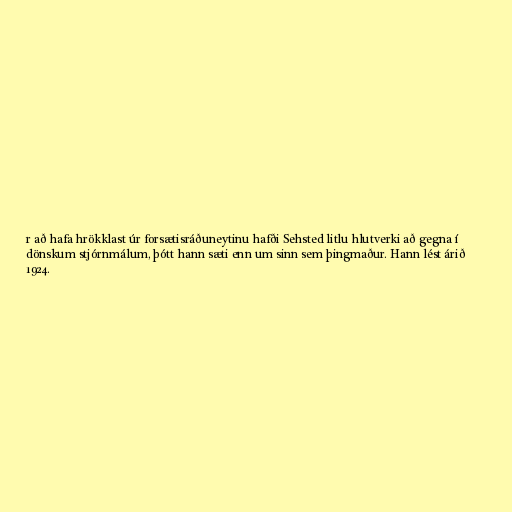
r að hafa hrökklast úr forsætisráðuneytinu hafði Sehsted litlu hlutverki að gegna í
dönskum stjórnmálum, þótt hann sæti enn um sinn sem þingmaður. Hann lést árið
1924.